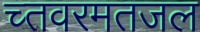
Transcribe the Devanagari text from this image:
च्तवरमतजल